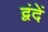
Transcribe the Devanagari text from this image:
द्वंदें